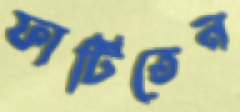
ফাটিতেন